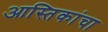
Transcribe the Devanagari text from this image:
आस्तिकांचा